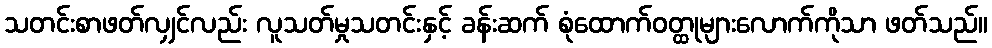
သတင်းစာဖတ်လျှင်လည်း လူသတ်မှုသတင်းနှင့် ခန်းဆက် စုံထောက်ဝတ္ထုများလောက်ကိုသာ ဖတ်သည်။